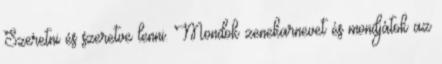
Szeretni és szeretve lenni. Mondok zenekarnevet és mondjátok az